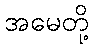
အမေတို့